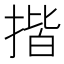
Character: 揩